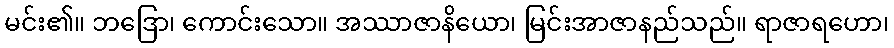
မင်း၏။ ဘဒြော၊ ကောင်းသော။ အဿာဇာနိယော၊ မြင်းအာဇာနည်သည်။ ရာဇာရဟော၊